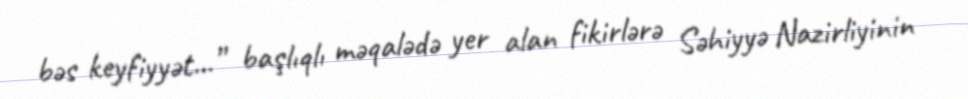
bəs keyfiyyət...” başlıqlı məqalədə yer alan fikirlərə Səhiyyə Nazirliyinin